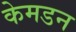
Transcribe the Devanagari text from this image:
केमडन